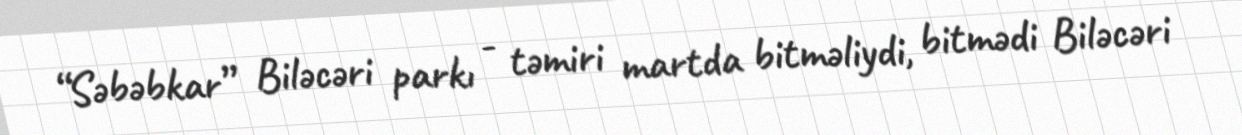
“Səbəbkar” Biləcəri parkı - təmiri martda bitməliydi, bitmədi Biləcəri